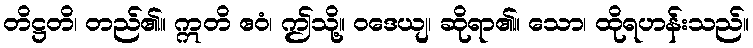
တိဋ္ဌတိ၊ တည်၏။ ဣတိ ဧဝံ၊ ဤသို့။ ဝဒေယျ၊ ဆိုရာ၏။ သော၊ ထိုရဟန်းသည်။